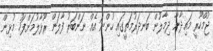
ޖުމްހޫރީ މައިދާނާ ދިމާލުން ބަނދަރުމަތީގައި ހުންނަ އެއް ނަންބަރު ފާލަން ރޫޅާލުމަށްފަހު މުޅިން